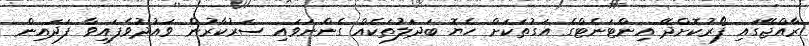
ރާއްޖޭގައި ފޯރުކޮށްދޭ އިންޓަނެޓްގެ އަގުތަކަށް ހެޔޮ ބަދަލުތަކެއް ގެންނަވައި ސަރުކާރުން ވައުދުވެފައިވާ ފަދައިން